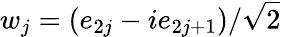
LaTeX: w_{j}=(e_{2j}-ie_{2j+1})/{\sqrt{2}}